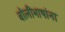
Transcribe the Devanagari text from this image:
बोलीभाषांना